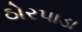
ઠોરપાડા